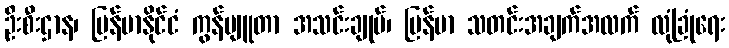
ဦးစီးဌာန၊ မြန်မာနိုင်ငံ ကွန်ပျူတာ အသင်းချုပ်၊ မြန်မာ သတင်းအချက်အလက် လုံခြုံရေး